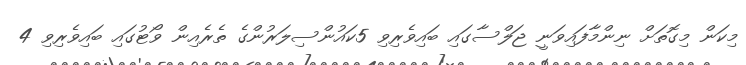
މިކަން މިގޮތަށް ނިންމާފައިވަނީ ޖަލްސާގައި ބައިވެރިވި 5ކައުންސިލަރުންގެ ތެރެއިން ވޯޓުގައި ބައިވެރިވި 4